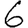
Digit: 6